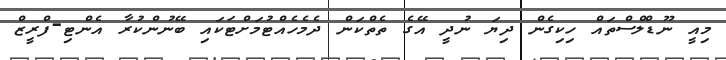
މިއީ ނޫޑްލްސްތައް ހިކިގެން ދިޔަ ނުދީ އޭގެ ތެތްކަން ދެމެހެއްޓުމަށްޓަކައި ބޭނުންކުރާ އެންޓި-ފްރީޒް